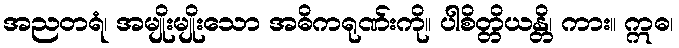
အညတရံ၊ အမျိုးမျိုးသော အဓိကရုဏ်းကို။ ပါစိတ္တိယန္တိ၊ ကား။ ဣဓ၊